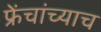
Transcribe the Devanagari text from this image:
फ्रेंचांच्याच